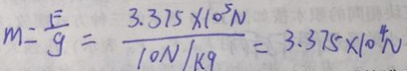
m = \frac { F } { g } = \frac { 3 . 3 7 5 \times 1 0 ^ { 5 } N } { 1 0 N / k g } = 3 . 3 7 5 \times 1 0 ^ { 4 } N